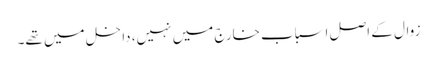
زوال کے اصل اسباب خارج میں نہیں، داخل میں تھے۔